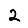
Digit: 2